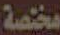
مختصة